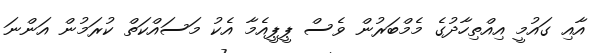
އާއި ގައުމީ އިއްތިހާދުގެ މެމްބަރުން ވެސް ޕީޕީއެމާ އެކު މަސައްކަތް ކުރަމުން އަންނަ